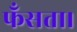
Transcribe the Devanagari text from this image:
फँसता।